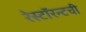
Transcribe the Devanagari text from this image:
रेस्टॉरन्टची